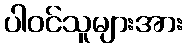
ပါဝင်သူများအား